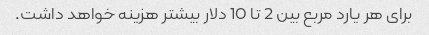
برای هر یارد مربع بین 2 تا 10 دلار بیشتر هزینه خواهد داشت.